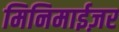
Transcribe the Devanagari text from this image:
मिनिमाईज़र